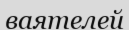
ваятелей